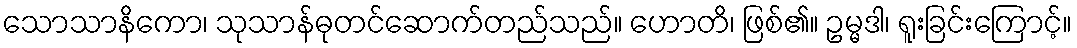
သောသာနိကော၊ သုသာန်ဓုတင်ဆောက်တည်သည်။ ဟောတိ၊ ဖြစ်၏။ ဥမ္မဒါ၊ ရူးခြင်းကြောင့်။